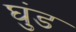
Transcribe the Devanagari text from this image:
घुंड